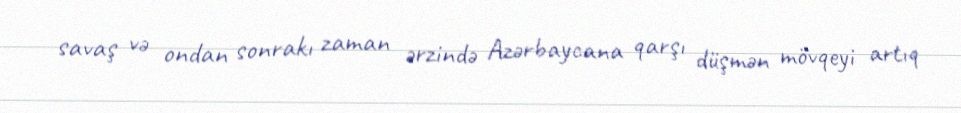
savaş və ondan sonrakı zaman ərzində Azərbaycana qarşı düşmən mövqeyi artıq